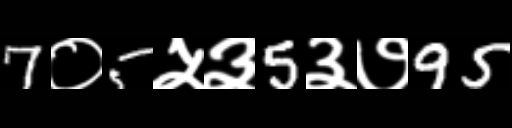
Text: 7०5५३5३७95